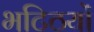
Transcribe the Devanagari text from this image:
भटिठयों